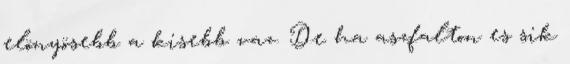
elönyösebb a kisebb vaz. De ha aszfalton es sik